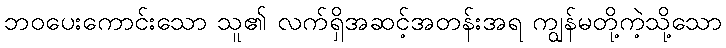
ဘဝပေးကောင်းသော သူ၏ လက်ရှိအဆင့်အတန်းအရ ကျွန်မတို့ကဲ့သို့သော